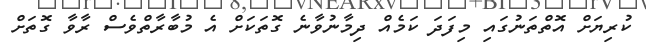
ކުރިޔަށް އޮތްތަނުގައި މިފަދަ ކަމެއް ދިމާނުވާނެ ގޮތަކަށް އެ މުބާރާތްވެސް ރާވާ ގޮތަށް